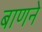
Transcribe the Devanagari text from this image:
बाणने